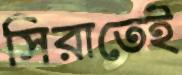
সিরাতেই